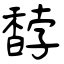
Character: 馞